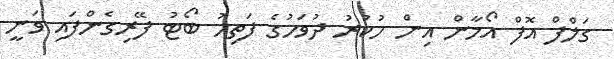
ގަލްފް އޮފް އޯމާން އިން ހުކުރު ދުވަހުގެ ފަތިހު ބޯޓު ފޭރިގެންފައި ވަނީ